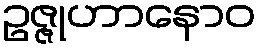
ဥဇ္ဇုဟာနောဝ